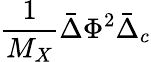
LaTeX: {\frac{1}{M_{X}}}\bar{\Delta}\Phi^{2}\bar{\Delta}_{c}